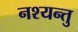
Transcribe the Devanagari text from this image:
नश्यन्तु